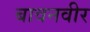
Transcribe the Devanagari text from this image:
बावनवीर